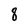
Character: 8